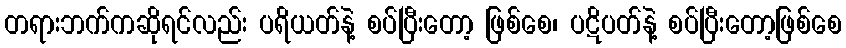
တရားဘက်ကဆိုရင်လည်း ပရိယတ်နဲ့ စပ်ပြီးတော့ ဖြစ်စေ၊ ပဋိပတ်နဲ့ စပ်ပြီးတော့ဖြစ်စေ